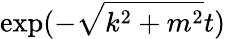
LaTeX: \mathrm{exp}(-\sqrt{k^{2}+m^{2}}t)